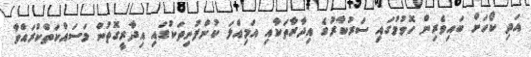
އަދި ކޯހަށް ބައިވެރިން ހޮވުމުގައި ސަރުކާރުގެ އިދާރާތަކާއި އަމިއްލަ ކުންފުނިތަކުގައި އިދާރީގޮތުން މަސައްކަތްކުރައްވާ